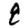
Digit: 8